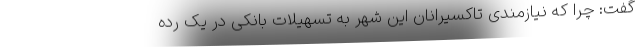
گفت: چرا که نیازمندی تاکسیرانان این شهر به تسهیلات بانکی در یک رده